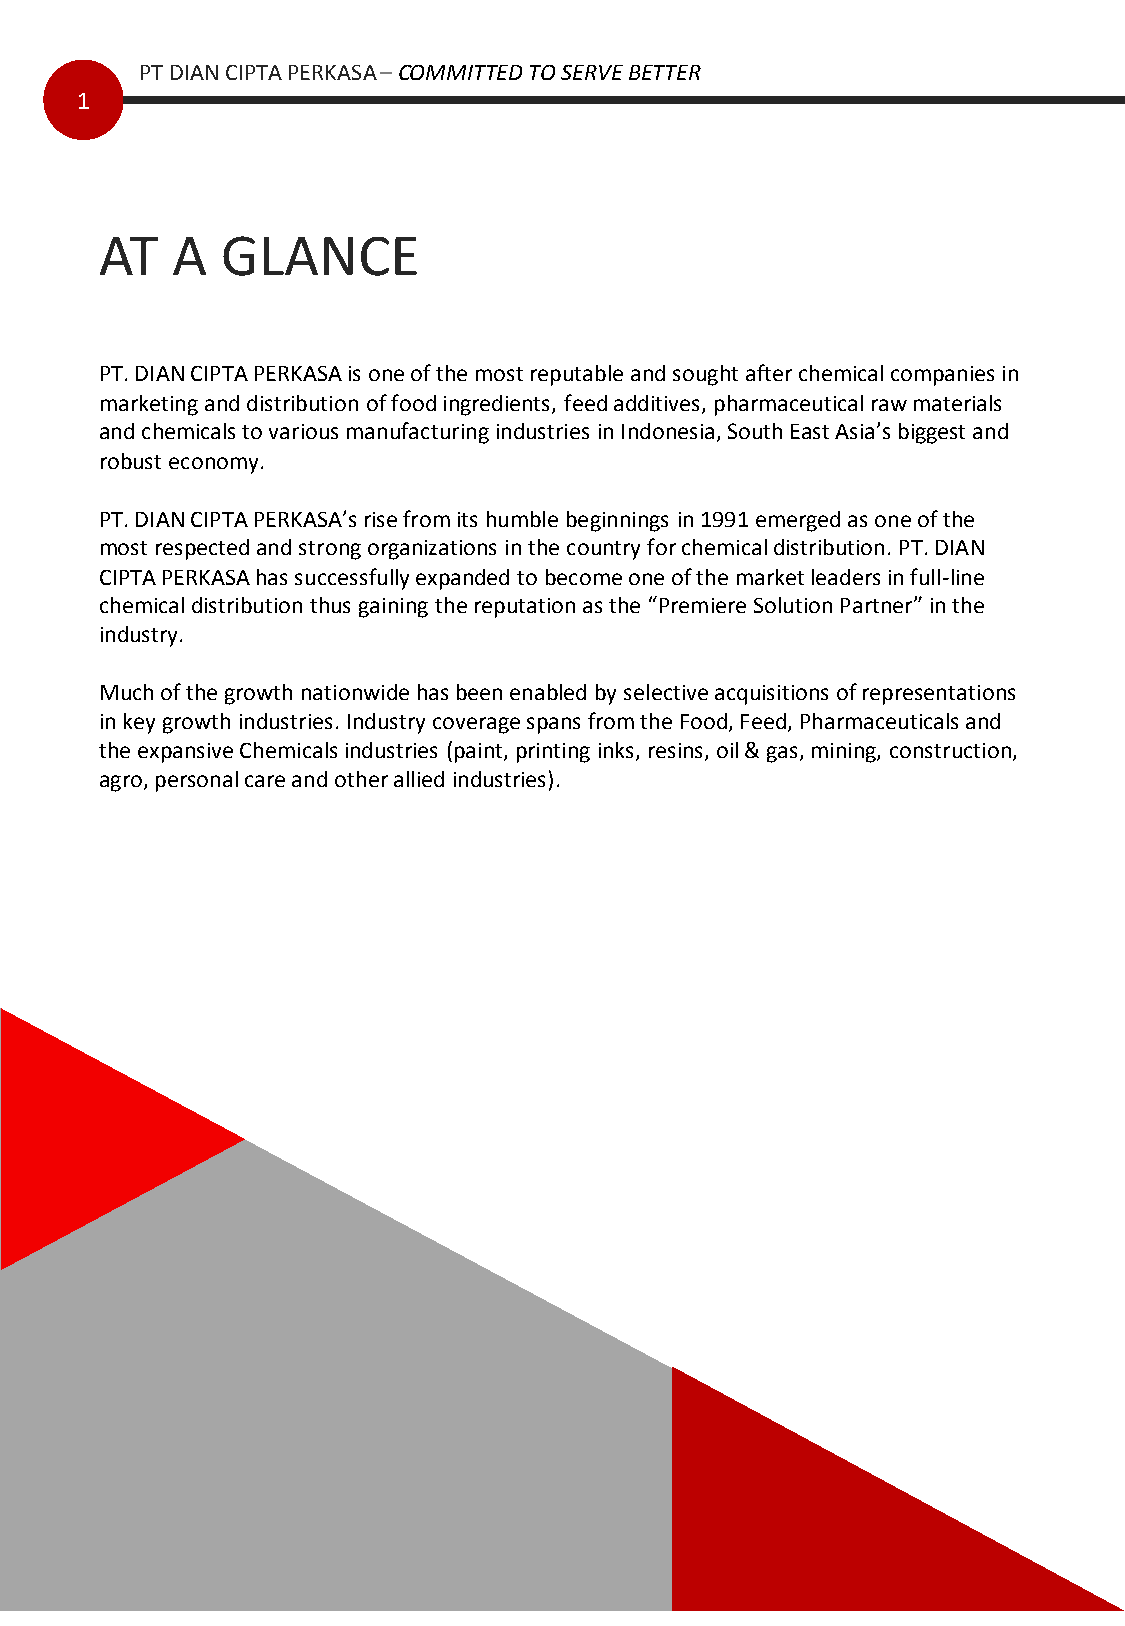
PT DIAN CIPTA PERKASA –COMMITTED TO SERVE BETTER
 1
 AT  A   GLANCE
 PT. DIAN CIPTA PERKASA is one of the most reputable and sought after chemical companies in
 marketing and distribution of food ingredients, feed additives, pharmaceutical raw materials
 and chemicals to various manufacturing industries in Indonesia, South East Asia’s biggest and
 robust economy.
 PT. DIAN CIPTA PERKASA’s rise from its humble beginnings in 1991 emerged as one of the
 most respected and strong organizations in the country for chemical distribution. PT. DIAN
 CIPTA PERKASA has successfully expanded to become one of the market leaders in full-line
 chemical distribution thus gaining the reputation as the “Premiere Solution Partner” in the
 industry.
 Much of the growth nationwide has been enabled by selective acquisitions of representations
 in key growth industries. Industry coverage spans from the Food, Feed, Pharmaceuticals and
 the expansive Chemicals industries (paint, printing inks, resins, oil & gas, mining, construction,
 agro, personal care and other allied industries).